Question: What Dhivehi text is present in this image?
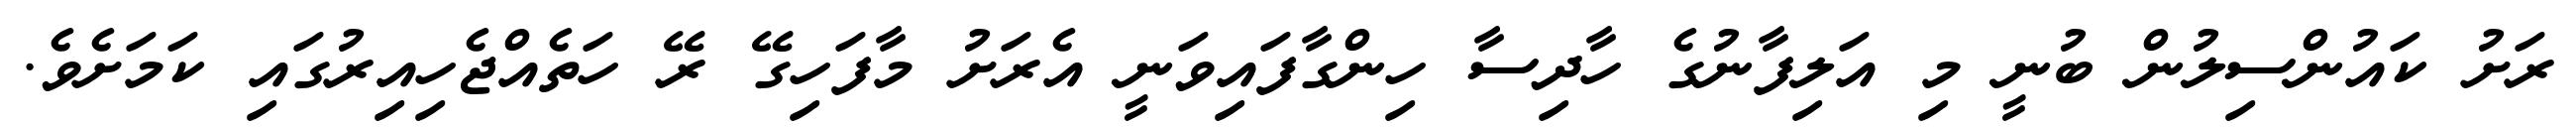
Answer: ރަށު ކައުންސިލުން ބުނީ މި އަލިފާނުގެ ހާދިސާ ހިންގާފައިވަނީ އެރަށު މާފަހިގޭ ރޭ ހަތެއްޖެހިއިރުގައި ކަމަށެވެ.